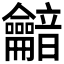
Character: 𪛏